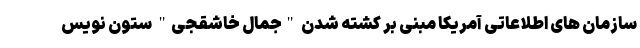
سازمان های اطلاعاتی آمریكا مبنی بر كشته شدن "جمال خاشقجی" ستون نویس